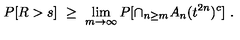
P [ R > s ] \ \ge \ \lim _ { m \to \infty } P [ \cap _ { n \ge m } A _ { n } ( t ^ { 2 n } ) ^ { c } ] \ .